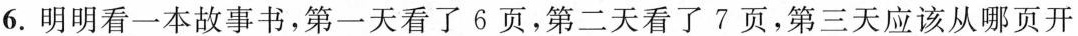
6.明明看一本故事书，第一天看了6页，第二天看了7页，第三天应该从哪页开